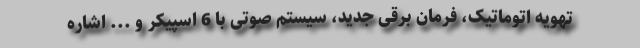
تهویه اتوماتیک، فرمان برقی جدید، سیستم صوتی با 6 اسپیکر و ... اشاره